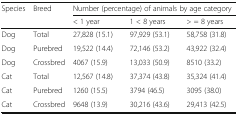
<table><thead><tr><td rowspan="2"><b>Species</b></td><td rowspan="2"><b>Breed</b></td><td colspan="3"><b>Number (percentage) of animals by age category</b></td></tr><tr><td><b>&lt; 1 year</b></td><td><b>1 &lt; 8 years</b></td><td><b>&gt; = 8 years</b></td></tr></thead><tbody><tr><td>Dog</td><td>Total</td><td>27,828 (15.1)</td><td>97,929 (53.1)</td><td>58,758 (31.8)</td></tr><tr><td>Dog</td><td>Purebred</td><td>19,522 (14.4)</td><td>72,146 (53.2)</td><td>43,922 (32.4)</td></tr><tr><td>Dog</td><td>Crossbred</td><td>4067 (15.9)</td><td>13,033 (50.9)</td><td>8510 (33.2)</td></tr><tr><td>Cat</td><td>Total</td><td>12,567 (14.8)</td><td>37,374 (43.8)</td><td>35,324 (41.4)</td></tr><tr><td>Cat</td><td>Purebred</td><td>1260 (15.5)</td><td>3794 (46.5)</td><td>3095 (38.0)</td></tr><tr><td>Cat</td><td>Crossbred</td><td>9648 (13.9)</td><td>30,216 (43.6)</td><td>29,413 (42.5)</td></tr></tbody></table>